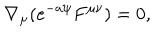
LaTeX: \nabla _ { \mu } ( e ^ { - a \psi } F ^ { \mu \nu } ) = 0 ,